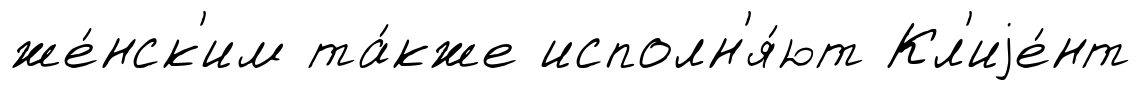
же́нск'им та́кже исполн'я́ют Кл'иjе́нт